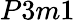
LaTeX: P3m1